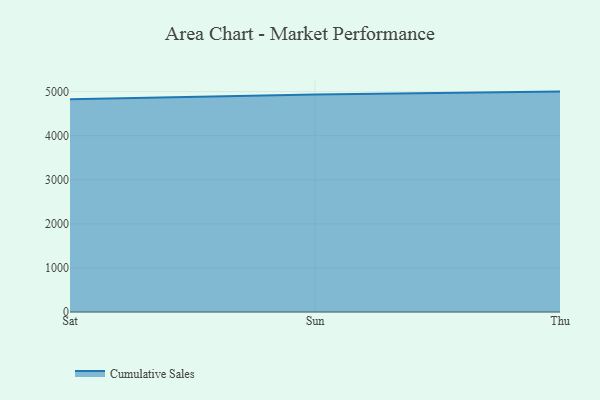
{"axis": {"x": "Day", "y": "Inventory Turnover"}, "legend": ["Cumulative Sales"], "data": [{"x": "Sat", "y": 4826.4, "type": "Cumulative Sales"}, {"x": "Sun", "y": 4935.0, "type": "Cumulative Sales"}, {"x": "Thu", "y": 5000, "type": "Cumulative Sales"}]}